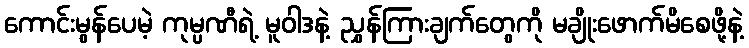
ကောင်းမွန်ပေမဲ့ ကုမ္ပဏီရဲ့ မူဝါဒနဲ့ ညွှန်ကြားချက်တွေကို မချိုးဖောက်မိစေဖို့နဲ့